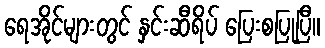
ရေအိုင်များတွင် နှင်းဆီရိပ် ပြေးစပြုပြီ။